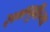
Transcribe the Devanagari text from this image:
२००९पूर्वीच्या